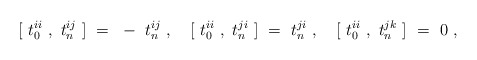
\begin{align*}[~t_0^{ii}~,~t_n^{ij}~]~=~- ~t_n^{ij}~,~~~[~t_0^{ii}~,~t_n^{ji}~]~=~t_n^{ji}~,~~~[~t_0^{ii}~,~t_n^{jk}~]~=~0~,\end{align*}